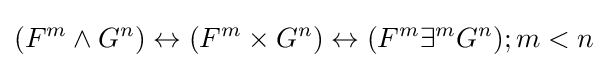
(F^{m}\land G^{n})\leftrightarrow (F^{m}\times G^{n})\leftrightarrow (F^{m}\exists ^{m}G^{n});m<n